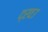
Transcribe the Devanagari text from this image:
द्रवउ